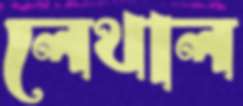
লেথাল